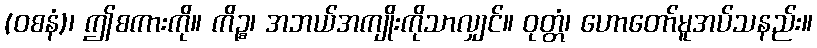
(ဝစနံ)၊ ဤစကားကို။ ကိဉ္စ၊ အဘယ်အကျိုးကိုသာလျှင်။ ဝုတ္တံ၊ ဟောတော်မူအပ်သနည်း။